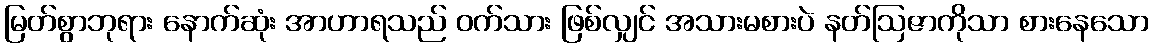
မြတ်စွာဘုရား နောက်ဆုံး အာဟာရသည် ဝက်သား ဖြစ်လျှင် အသားမစားပဲ နတ်ဩဇာကိုသာ စားနေသော